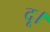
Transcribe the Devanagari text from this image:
दू।